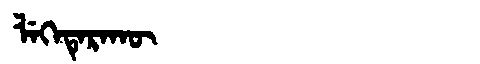
Manchu: ᠯᡝᡴᡝᡨᡝᡵᠠᡴᡡ
Romanization: LEKETERAKŪ